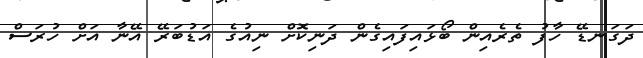
ދަގަނޑޭ ހާފު ތެރެއިން ބޯޅައިފައިގެން ދަނިކޮށް ނިއުގެ އަޑުބަރޭ އޭނާ އަށް ހުރަސް